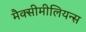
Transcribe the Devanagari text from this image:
मैक्सीमीलियन्स